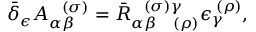
\bar { \delta } _ { \epsilon } A _ { \alpha \beta } ^ { \; \; \; ( \sigma ) } = \bar { R } _ { \alpha \beta \; \; \; \; ( \rho ) } ^ { \; \; \; ( \sigma ) \gamma } \epsilon _ { \gamma } ^ { \; ( \rho ) } ,